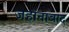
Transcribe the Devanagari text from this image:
जहांनाबाद